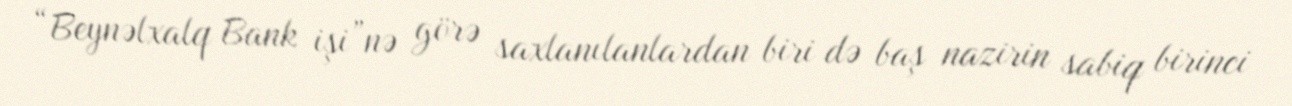
“Beynəlxalq Bank işi”nə görə saxlanılanlardan biri də baş nazirin sabiq birinci